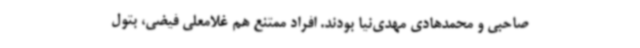
صاحبی و محمدهادی مهدی‌نیا بودند. افراد ممتنع هم غلامعلی فیضی، بتول